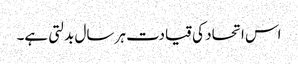
اس اتحاد کی قیادت ہر سال بدلتی ہے۔